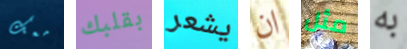
معك بقلبك يشعر ان مثل به